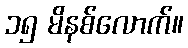
၁၅ မိနစ်လောက်။